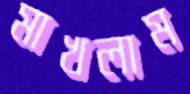
মাখলাম